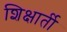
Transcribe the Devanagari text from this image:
शिक्षार्ती